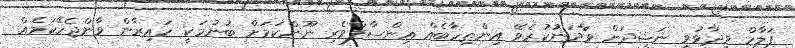
ފަލާހް ވިދާޅުވީ ނަޝީދަށް ވާދަނުުކުރެވޭ އިންތިހާބެއް އިންސާފްވެރި ނޫންކަމަށް ބުނުމަކީ ހައިރާން ވާންޖެހޭކަމެއް